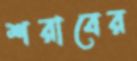
শরাবের